Preparation of a safe and efficient antirabic vaccine - Number 44
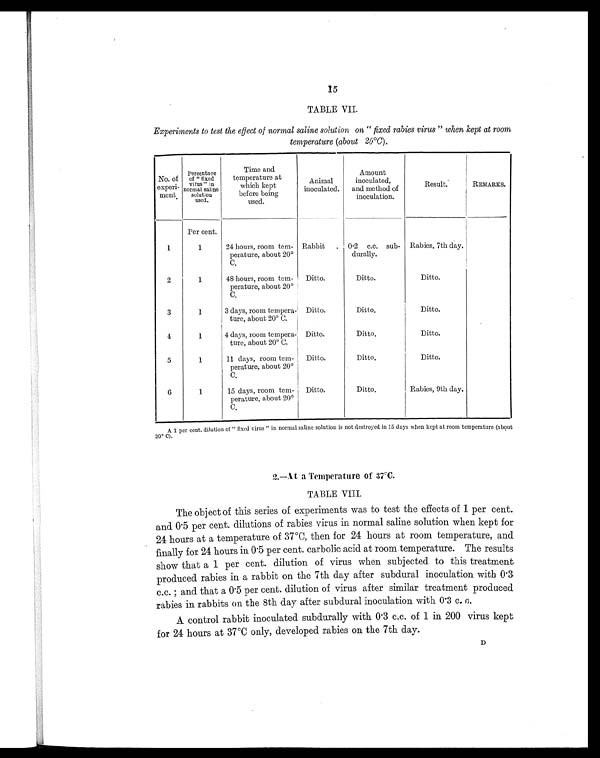
15
TABLE VII.
Experiments to test the effect of normal saline solution on " fixed rabies virus " when kept at room
temperature (about 20°C).
No. of
experi-
ment.
Percentage of " fixed v i r u s " i n
normal saline
solution used.
Time and
temperature at
which kept
before being
used.
Animal
inoculated.
Amount
inoculated,
and method of
inoculation.
Result.
REMARKS.
Per cent.
1
1
24 hours, room tem-
perature, about 20°C
.
Rabbit . 0.2 c.c. sub-
durally.
Rabies, 7th day.
2
1
48 hours, room tem-
perature, about 20°C
.
Ditto.
Ditto.
Ditto.
3
1
3 days, room tempera-
ture, about 20° C.
Ditto.
Ditto.
Ditto.
4
1
4 days, room tempera-
ture, about 20° C.
Ditto.
Ditto.
Ditto.
5
1
11 days, room tem-
perature, about 20°C
.
Ditto.
Ditto.
Ditto.
6
1
15 days, room tem-
perature, about 20°C
.
Ditto.
Ditto.
Rabies, 9th day.
A 1 per cent. dilution of " fixed virus " in normal saline solution is not destroyed in 15 days when kept at room temperature (about
20º C).
2.—At a Temperature of 37°C.
TABLE VIII.
The object of this series of experiments was to test the effects of 1 per cent.
and 0.5 per cent. dilutions of rabies virus in normal saline solution when kept for
24 hours at a temperature of 37°C, then for 24 hours at room temperature, and
finally for 24 hours in 0.5 per cent. carbolic acid at room temperature. The results
show that a 1 per cent. dilution of virus when subjected to this treatment,
produced rabies in a rabbit on the 7th day after subdural inoculation with 0.3
c . c . ; a n d t h a t a 0 . 5 p e r c e n t . d i l u t i o n o f v i r u s a f t e r s i m i l a r t r e a t m e n t p r o d u c e d
rabies in rabbits on the 8th day after subdural inoculation with 0.3 c. c.
A control rabbit inoculated subdurally with 0.3 c.c. of 1 in 200 virus kept
for 24 hours at 37°C only, developed rabies on the 7th day.
D